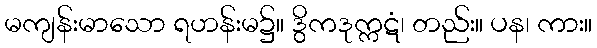
မကျန်းမာသော ရဟန်းမ၌။ ဒွိကဒုက္ကဋံ၊ တည်း။ ပန၊ ကား။